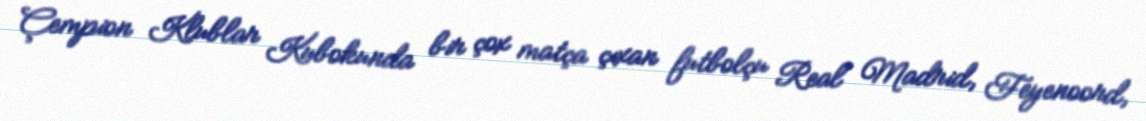
Çempion Klublar Kubokunda bir çox matça çıxan futbolçu Real Madrid, Feyenoord,